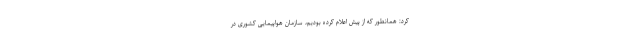
کرد: همانطور که از پیش اعلام کرده بودیم، سازمان هواپیمایی کشوری در